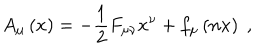
A _ { \mu } \left( x \right) = - \frac 1 2 F _ { \mu \nu } x ^ { \nu } + f _ { \mu } \left( n x \right) \; ,